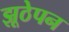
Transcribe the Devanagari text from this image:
झूठेपन